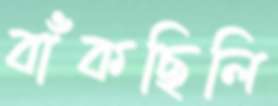
বাঁকছিলি